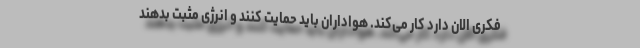
فکری الان دارد کار می‌کند. هواداران باید حمایت کنند و انرژی مثبت بدهند